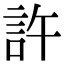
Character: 許